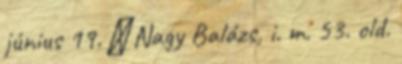
június 19. ↑ Nagy Balázs, i. m. 53. old.